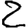
Digit: 2